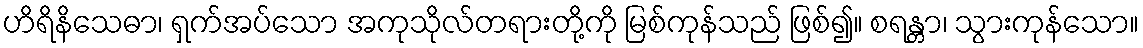
ဟိရိနိသေဓာ၊ ရှက်အပ်သော အကုသိုလ်တရားတို့ကို မြစ်ကုန်သည် ဖြစ်၍။ စရန္တာ၊ သွားကုန်သော။